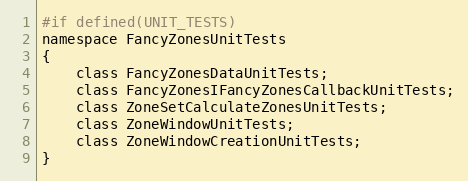
Language: C
#if defined(UNIT_TESTS)
namespace FancyZonesUnitTests
{
    class FancyZonesDataUnitTests;
    class FancyZonesIFancyZonesCallbackUnitTests;
    class ZoneSetCalculateZonesUnitTests;
    class ZoneWindowUnitTests;
    class ZoneWindowCreationUnitTests;
}